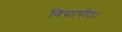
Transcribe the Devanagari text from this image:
विद्यापीठ।